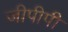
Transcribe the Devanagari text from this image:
जीपीपी